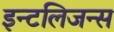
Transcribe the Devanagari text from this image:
इन्टलिजन्स